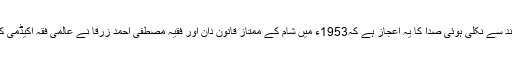
اقبال کے دل دردمند سے نکلی ہوئی صدا کا یہ اعجاز ہے کہ1953ء میں شام کے ممتاز قانون دان اور فقیہ مصطفی احمد زرقا نے عالمی فقہ اکیڈمی کی تجویز پیش کی۔